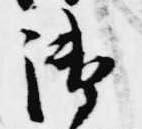
御